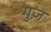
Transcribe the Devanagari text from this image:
गुज़